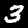
Digit: 3